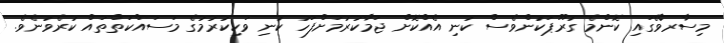
މިސާރވޭގައި ކޮންމެ ގުރޫޕަކުންވެސް ކުނި އެއްކޮށް ޖަމާކުރުމަށްފަހު ކުނި ވަކިކުރުމުގެ މަސައްކަތްތައް ކުރެވުނެވެ.